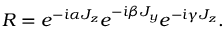
R = e ^ { - \dot { \imath } \alpha J _ { z } } e ^ { - \dot { \imath } \beta J _ { y } } e ^ { - \dot { \imath } \gamma J _ { z } } .